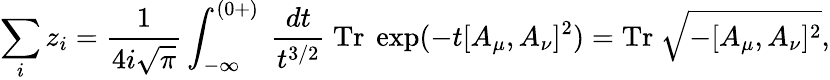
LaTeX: \sum_{i}z_{i}=\frac{1}{4i\sqrt{\pi}}\int_{-\infty}^{(0+)}~\frac{dt}{t^{3/2}}~\mathrm{Tr}~\exp(-t[A_{\mu},A_{\nu}]^{2})=\mathrm{Tr}~\sqrt{-[A_{\mu},A_{\nu}]^{2}},